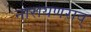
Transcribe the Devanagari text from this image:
नारायणराव्